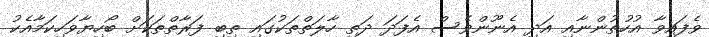
ވެފައިވާ އުހުތުންނާއި އަދި އެނޫންވެސް އެފަދަ ދަތި ހާލަތްތަކުގައި ތިބި ފަރާތްތަކަށް ބޯހިޔާވަހިކަމާއެކު